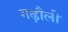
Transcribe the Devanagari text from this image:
गढ़ौली